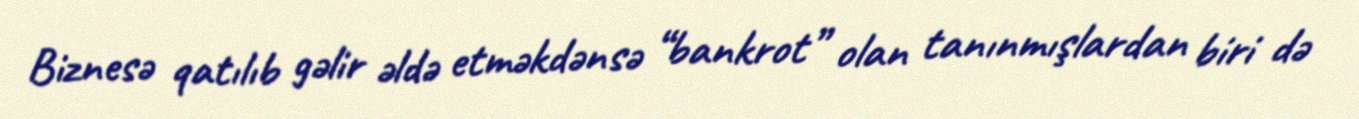
Biznesə qatılıb gəlir əldə etməkdənsə “bankrot” olan tanınmışlardan biri də